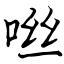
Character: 咝